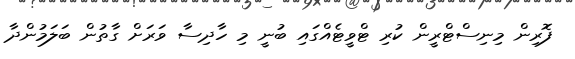
ފޮރިން މިނިސްޓްރީން ކުރި ޓްވީޓެއްގައި ބުނީ މި ހާދިސާ ވަރަށް ގާތުން ބަލަމުންދާ